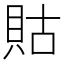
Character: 𧵑